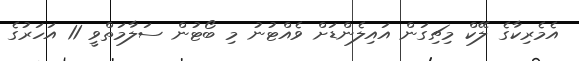
އެމެރިކާގެ ލޭކް މިޗިގަން އައިލެންޑަށް ވެއްޓުނު މި ބޯޓުން ސަލާމަތްވީ 11 އަހަރުގެ